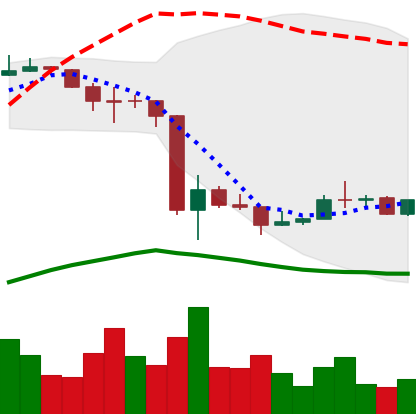
Ticker: LINK-USD
Chart end date: 2020-03-23
Forward return: -4.517%
Label: down_3_5